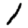
Digit: 1